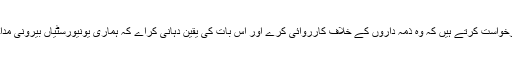
ہم متعلقہ اداروں سے درخواست کرتے ہیں کہ وہ ذمہ داروں کے خلاف کارروائی کرے اور اس بات کی یقین دہانی کراے کہ ہماری یونیورسٹیاں بیرونی مداخلت سے آزاد رہیں گی۔